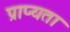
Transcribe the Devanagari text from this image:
प्राप्यता